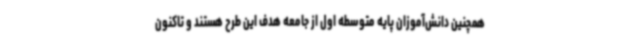
همچنین دانش‌آموزان پایه متوسطه اول از جامعه هدف این طرح هستند و تاکنون